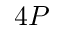
4 P